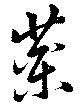
藥